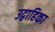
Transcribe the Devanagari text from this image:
उद्वाहिका